画像に写った文字を読んでください
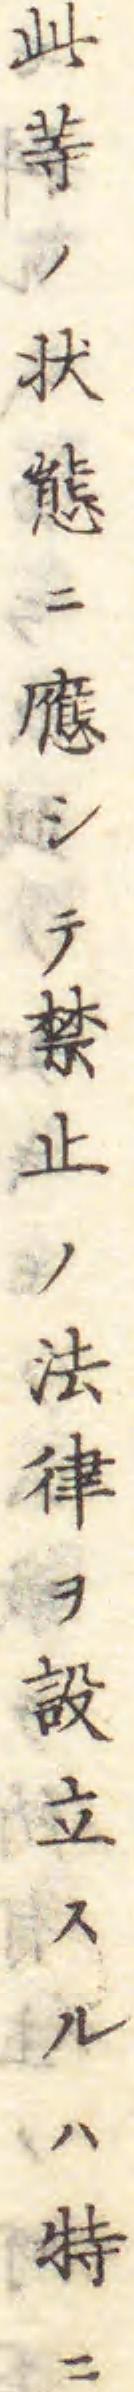
「此䓁ノ状態ニ應シテ禁止ノ法律ヲ設立スルハ特ニ」と書いてあります